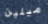
ميلين